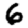
Digit: 6